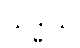
သဒ္ဓါသိ